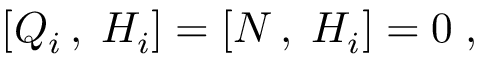
[ Q _ { i } \, , \; H _ { i } ] = [ N \, , \; H _ { i } ] = 0 \; ,